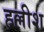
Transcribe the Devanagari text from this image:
हल्लीश